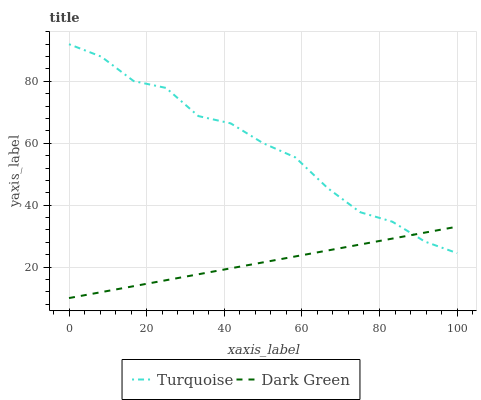
| xaxis_label | Turquoise | Dark Green |
 | --- | --- | --- |
 | 0 | 92 | 10 |
 | 8.33 | 88 | 11.9 |
 | 16.7 | 80.1 | 13.8 |
 | 25 | 77.9 | 15.8 |
 | 33.3 | 68.8 | 17.7 |
 | 41.7 | 66.4 | 19.6 |
 | 50 | 60 | 21.5 |
 | 58.3 | 55.4 | 23.5 |
 | 66.7 | 45.5 | 25.4 |
 | 75 | 37.7 | 27.3 |
 | 83.3 | 34.7 | 29.2 |
 | 91.7 | 28.3 | 31.1 |
 | 100 | 24.5 | 33.1 |